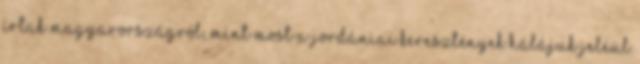
írtak Magyarországról, mint most a jordániai keresztények hálájuk jeléül